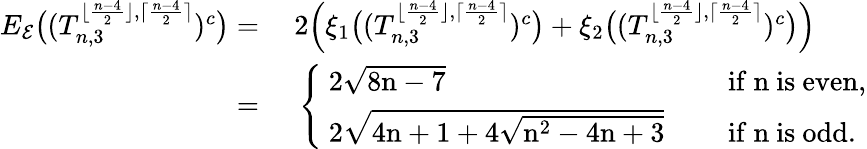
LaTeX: \begin{array}{rl}{E_{\mathcal{E}}\big((T_{n,3}^{\lfloor\frac{n-4}{2}\rfloor,\lceil\frac{n-4}{2}\rceil})^{c}\big)=}&{~2\Big(\xi_{1}\big((T_{n,3}^{\lfloor\frac{n-4}{2}\rfloor,\lceil\frac{n-4}{2}\rceil})^{c}\big)+\xi_{2}\big((T_{n,3}^{\lfloor\frac{n-4}{2}\rfloor,\lceil\frac{n-4}{2}\rceil})^{c}\big)\Big)}\\ {=}&{~\left\{ \begin{array}{ll}{\mathrm{~2\sqrt{8n-7}~}}&{\quad\mathrm{if~n~is~even,}}\\ {\mathrm{~2\sqrt{4n+1+4\sqrt{n^2-4n+3}}~}}&{\quad\mathrm{if~n~is~odd.}}\end{array}\right.}\end{array}